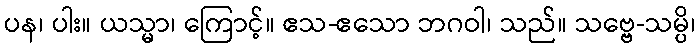
ပန၊ ပါး။ ယသ္မာ၊ ကြောင့်။ ဧသ-ဧသော ဘဂဝါ၊ သည်။ သဗ္ဗေ-သမ္ပိ၊